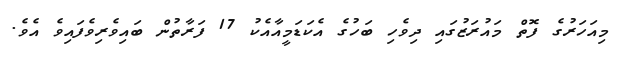
މިއަހަރުގެ ފޮތް މައުރަޒުގައި ދިވެހި ބަހުގެ އެކަޑަމީއާއެކު 17 ފަރާތުން ބައިވެރިވެފައިވެ އެވެ.